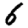
Digit: 6